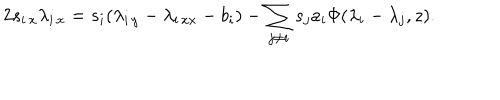
2 s _ { i \, x } \lambda _ { i \, x } = s _ { i } ( \lambda _ { i \, y } - \lambda _ { i \, x x } - b _ { i } ) - \sum _ { j \ne i } s _ { j } a _ { i } \Phi ( \lambda _ { i } - \lambda _ { j } , z ) .